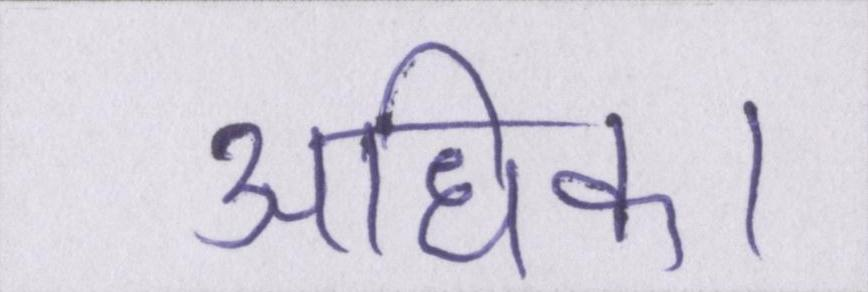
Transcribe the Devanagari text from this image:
अधिक।